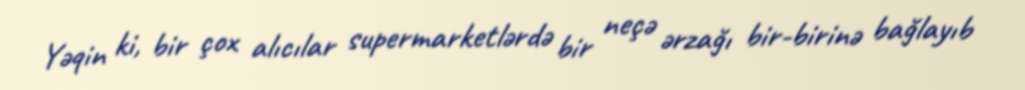
Yəqin ki, bir çox alıcılar supermarketlərdə bir neçə ərzağı bir-birinə bağlayıb